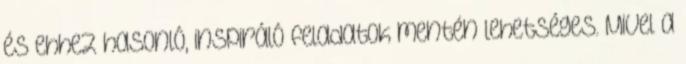
és ehhez hasonló, inspiráló feladatok mentén lehetséges. Mivel a